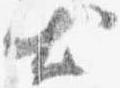
出